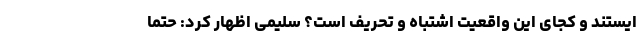
ایستند و کجای این واقعیت اشتباه و تحریف است؟ سلیمی اظهار کرد: حتما